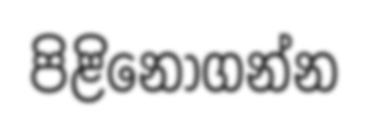
පිළිනොගන්න